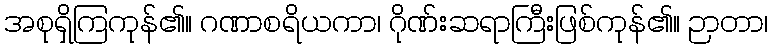
အစုရှိကြကုန်၏။ ဂဏာစရိယကာ၊ ဂိုဏ်းဆရာကြီးဖြစ်ကုန်၏။ ဉာတာ၊